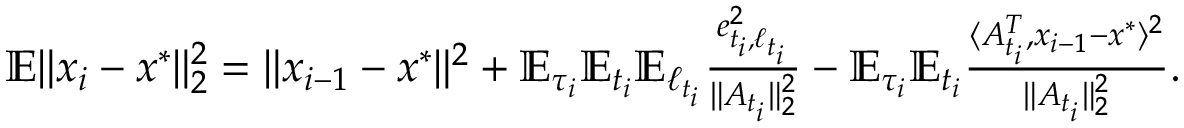
\begin{array} { r } { \mathbb { E } \| x _ { i } - x ^ { * } \| _ { 2 } ^ { 2 } = \| x _ { i - 1 } - x ^ { * } \| ^ { 2 } + \mathbb { E } _ { \tau _ { i } } \mathbb { E } _ { t _ { i } } \mathbb { E } _ { \ell _ { t _ { i } } } \frac { e _ { t _ { i } , \ell _ { t _ { i } } } ^ { 2 } } { \| A _ { t _ { i } } \| _ { 2 } ^ { 2 } } - \mathbb { E } _ { \tau _ { i } } \mathbb { E } _ { t _ { i } } \frac { \langle A _ { t _ { i } } ^ { T } , x _ { i - 1 } - x ^ { * } \rangle ^ { 2 } } { \| A _ { t _ { i } } \| _ { 2 } ^ { 2 } } . } \end{array}